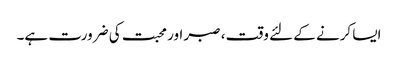
ایسا کرنے کے لئے وقت ، صبر اور محبت کی ضرورت ہے۔